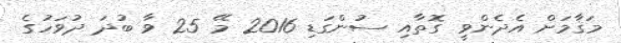
މަޤާމަށް އެދެންވީ ގޮތާއި ސުންގަޑި 2016 މޭ 25 ވާ ބުދަ ދުވަހުގެ